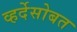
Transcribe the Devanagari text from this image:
व्हर्देसोबत